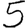
Digit: 5